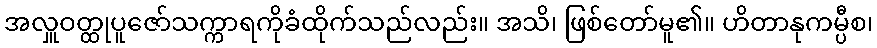
အလှူဝတ္ထုပူဇော်သက္ကာရကိုခံထိုက်သည်လည်း။ အသိ၊ ဖြစ်တော်မူ၏။ ဟိတာနုကမ္ပီစ၊